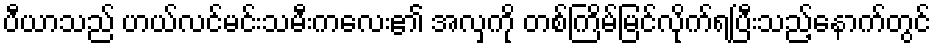
ပီယာသည် ဟယ်လင်မင်းသမီးကလေး၏ အလှကို တစ်ကြိမ်မြင်လိုက်ရပြီးသည့်နောက်တွင်